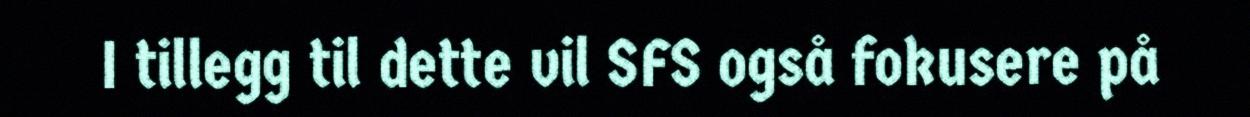
I tillegg til dette vil SFS også fokusere på